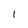
Character: I